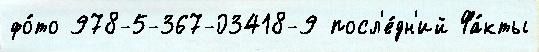
фо́то 978-5-367-03418-9 посл'е́дн'ий Фа́кты